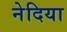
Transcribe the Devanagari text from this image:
नेदिया